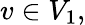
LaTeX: v\in V_{1},